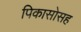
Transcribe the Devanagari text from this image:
पिकासोसह